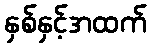
နှစ်နှင့်အထက်